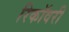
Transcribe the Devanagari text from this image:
रिकॉवरी